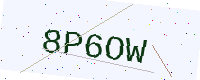
Text: 8P6OW